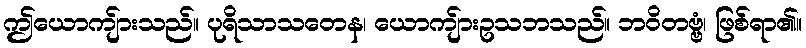
ဤယောကျ်ားသည်။ ပုရိသာသတေန၊ ယောကျ်ားဥသဘသည်။ ဘဝိတဗ္ဗံ၊ ဖြစ်ရာ၏။